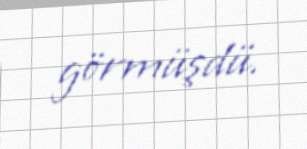
görmüşdü.